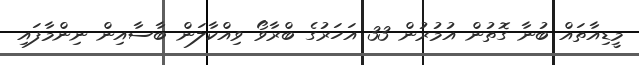
މީޑިއާތައް ބުނާ ގޮތުން އުމުރުން 33 އަހަރުގެ ބްރާވޯ ވިއްކާލަން ބާސާއިން ނިންމާފައި